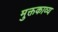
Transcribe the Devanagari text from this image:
मुक्तकाव्य